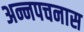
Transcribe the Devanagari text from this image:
अन्नपचनास